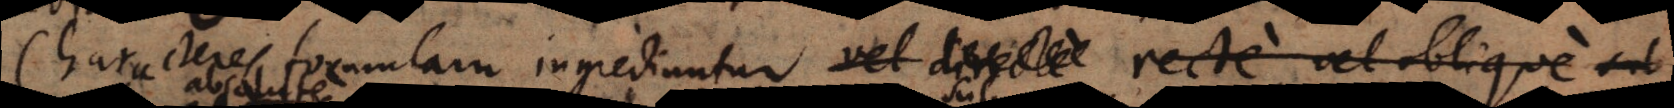
haracteres formulam ingrediuntur vel directe vel recte vel obliqu